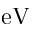
\mathrm { e V }